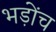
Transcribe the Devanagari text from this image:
भड़ोंच